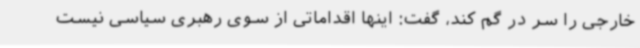
خارجی را سر در گم کند، گفت: اینها اقداماتی از سوی رهبری سیاسی نیست